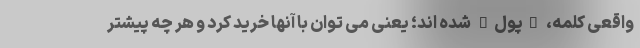
واقعی کلمه، "پول" شده اند؛ یعنی می توان با آنها خرید کرد و هر چه پیشتر